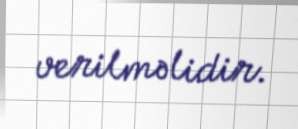
verilməlidir.